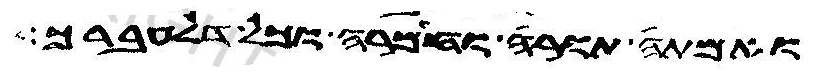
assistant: ואמתה תורה וחמרה וכל דלעברך